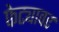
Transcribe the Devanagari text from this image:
फेट्यावर